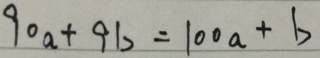
9 0 a + 9 b = 1 0 0 a + b